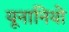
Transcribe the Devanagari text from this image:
यूनानियो